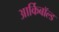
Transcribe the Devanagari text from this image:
आर्किबॉल्ड